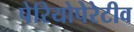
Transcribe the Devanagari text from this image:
पेरियोपेरेटीव